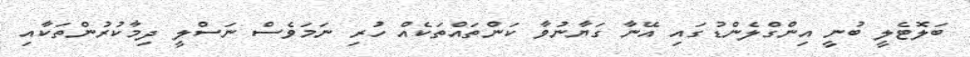
ބަލޮޓެލީ ބުނީ އިންގްލެންޑުގައި އޭނާ ގަޔާނުވާ ކަންތައްތަކެއް ހުރި ނަމަވެސް ނަސްލީ ދިމާކުރުންތަކާއި